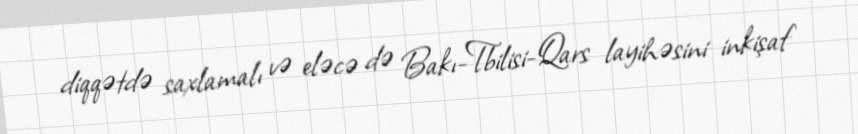
diqqətdə saxlamalı və eləcə də Bakı-Tbilisi-Qars layihəsini inkişaf